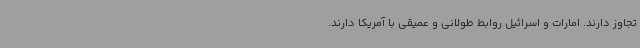
تجاوز دارند. امارات و اسرائیل روابط طولانی و عمیقی با آمریکا دارند.